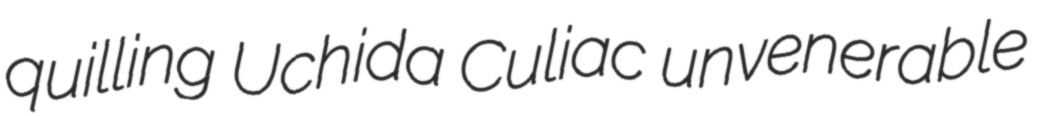
quilling Uchida Culiac unvenerable